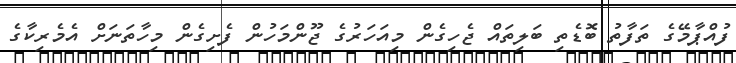
ފުއްޕާމޭގެ ތަފާތު ބޮޑެތި ބަލިތައް ޖެހިގެން މިއަހަރުގެ ޖޫންމަހުން ފެށިގެން މިހާތަނަށް އެމެރިކާގެ